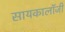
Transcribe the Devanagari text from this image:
सायकालॉजी